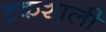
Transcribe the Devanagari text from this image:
टकशाली